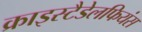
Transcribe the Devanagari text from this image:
क्राइस्टैडेलफियंस